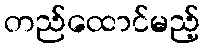
တည်ထောင်မည့်